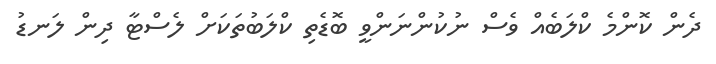
ދެން ކޮންމެ ކްލަބެއް ވެސް ނުކުންނަންވީ ބޮޑެތި ކްލަބުތަކަށް ލެސްޓާ ދިން ލަނޑު